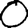
Digit: 0